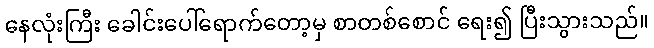
နေလုံးကြီး ခေါင်းပေါ်ရောက်တော့မှ စာတစ်စောင် ရေး၍ ပြီးသွားသည်။